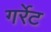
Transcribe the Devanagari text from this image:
गर्रेट